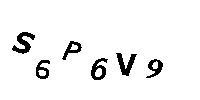
S6P6V9